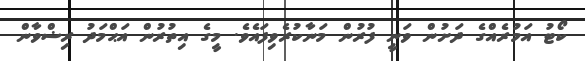
ކޯޓު އަމުރެއްގެ ދަށުން ވަނީ ފުރުން މަނާކުރެވިފައެވެ. މީގެ އިތުރުން އަޙްމަދު ރިޟްވާން